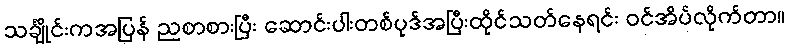
သင်္ချိုင်းကအပြန် ညစာစားပြီး ဆောင်းပါးတစ်ပုဒ်အပြီးထိုင်သတ်နေရင်း ဝင်အိပ်လိုက်တာ။